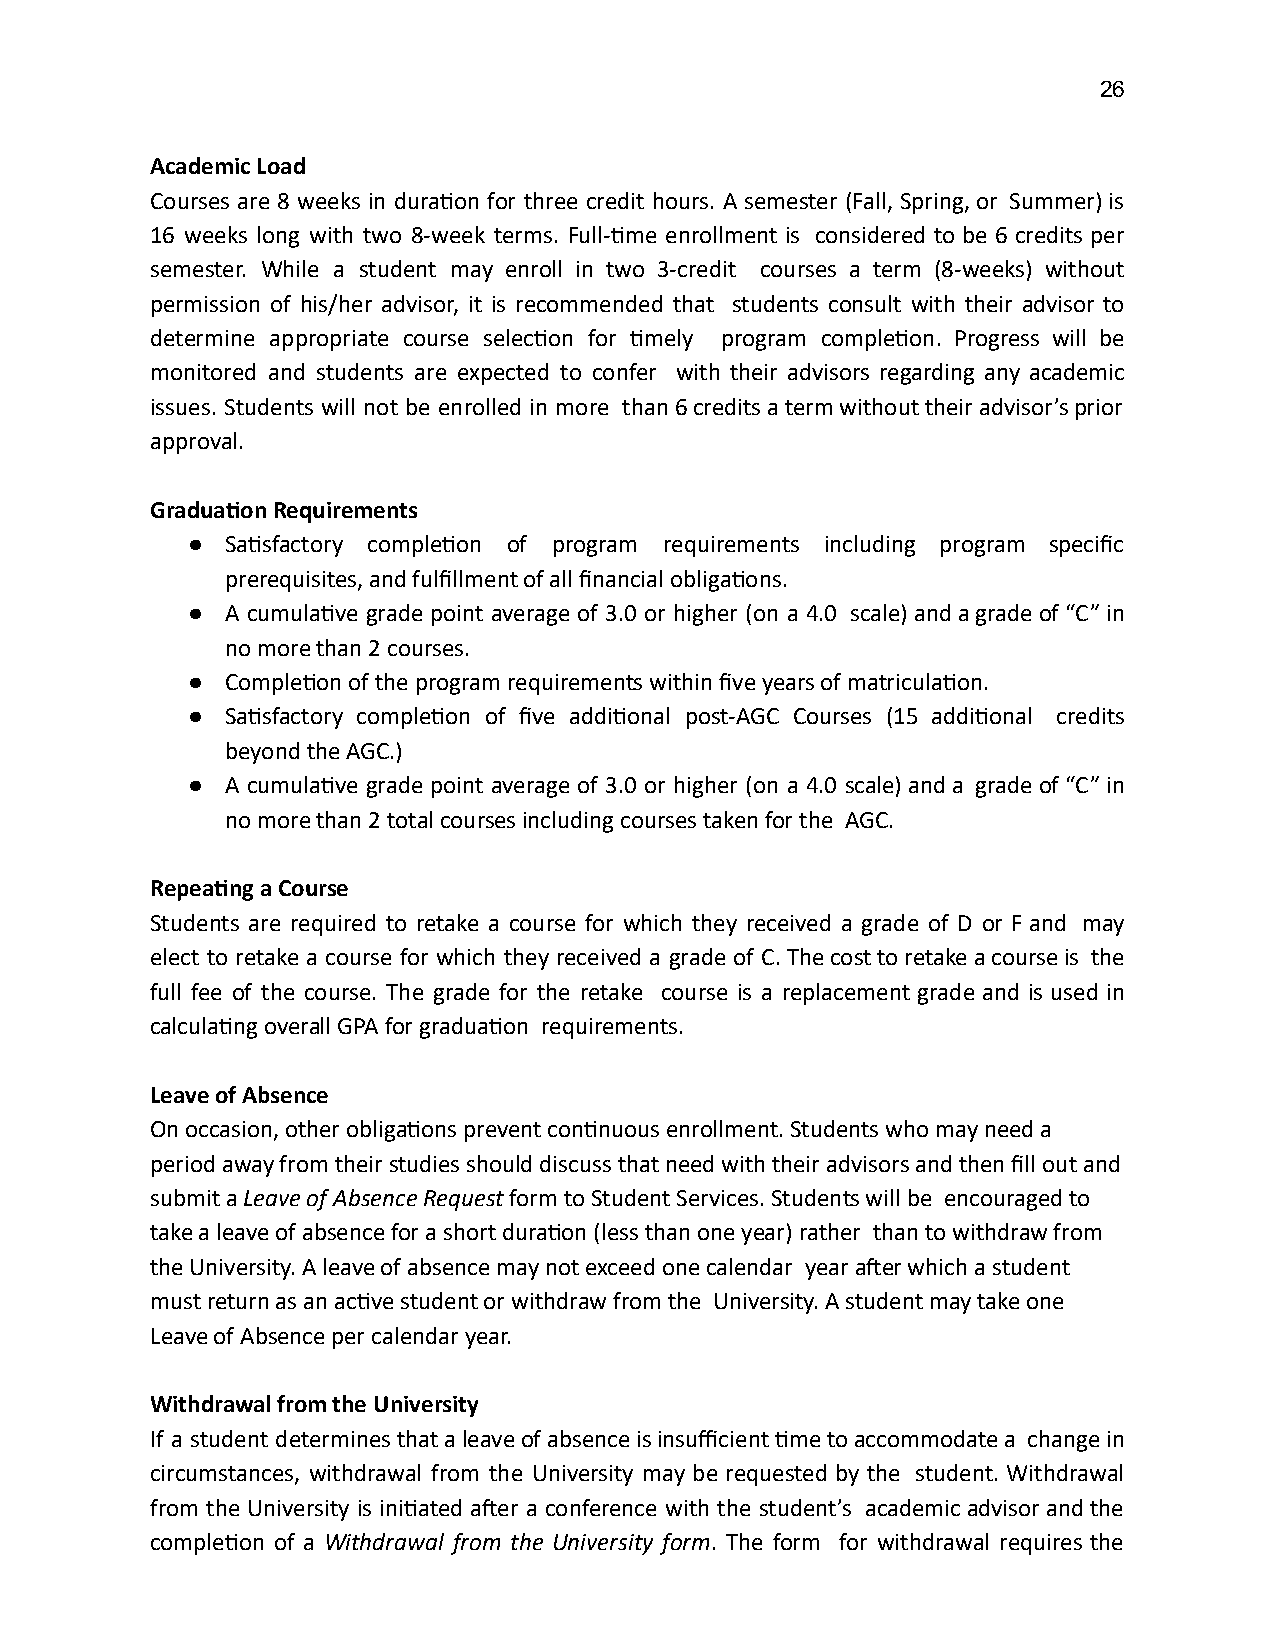
26
 Academic Load
 Courses are 8 weeks in duraon for three credit hours. A semester (Fall, Spring, or Summer) is
 16 weeks long with two 8-week terms. Full-me enrollment is considered to be 6 credits per
 semester. While a student may enroll in two 3-credit courses a term (8-weeks) without
 permission of his/her advisor, it is recommended that students consult with their advisor to
 determine appropriate course selecon for mely program compleon. Progress will be
 monitored and students are expected to confer with their advisors regarding any academic
 issues. Students will not be enrolled in more than 6 credits a term without their advisor’s prior
 approval.
 Graduaon Requirements
 ●  Sasfactory compleon of program requirements including program specific
 prerequisites, and fulfillment of all financial obligaons.
 ●  A cumulave grade point average of 3.0 or higher (on a 4.0 scale) and a grade of “C” in
 no more than 2 courses.
 ●  Compleon of the program requirements within five years of matriculaon.
 ●  Sasfactory compleon of five addional post-AGC Courses (15 addional credits
 beyond the AGC.)
 ●  A cumulave grade point average of 3.0 or higher (on a 4.0 scale) and a grade of “C” in
 no more than 2 total courses including courses taken for the AGC.
 Repeang a Course
 Students are required to retake a course for which they received a grade of D or F and may
 elect to retake a course for which they received a grade of C. The cost to retake a course is the
 full fee of the course. The grade for the retake course is a replacement grade and is used in
 calculang overall GPA for graduaon requirements.
 Leave of Absence
 On occasion, other obligaons prevent connuous enrollment. Students who may need a
 period away from their studies should discuss that need with their advisors and then fill out and
 submit a Leave of Absence Request form to Student Services. Students will be encouraged to
 take a leave of absence for a short duraon (less than one year) rather than to withdraw from
 the University. A leave of absence may not exceed one calendar year aer which a student
 must return as an acve student or withdraw from the University. A student may take one
 Leave of Absence per calendar year.
 Withdrawal from the University
 If a student determines that a leave of absence is insufficient me to accommodate a change in
 circumstances, withdrawal from the University may be requested by the student. Withdrawal
 from the University is iniated aer a conference with the student’s academic advisor and the
 compleon of a Withdrawal from the University form . The form for withdrawal requires the